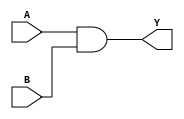
module simple_assign (
    input wire A,        // First input
    input wire B,        // Second input
    output wire Y        // Output
);

// Continuous assignment using the assign statement
assign Y = A & B;       // Y is the logical AND of A and B

endmodule